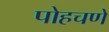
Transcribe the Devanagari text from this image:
पोहचणे